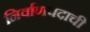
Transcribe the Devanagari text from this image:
निर्वाणपदाची